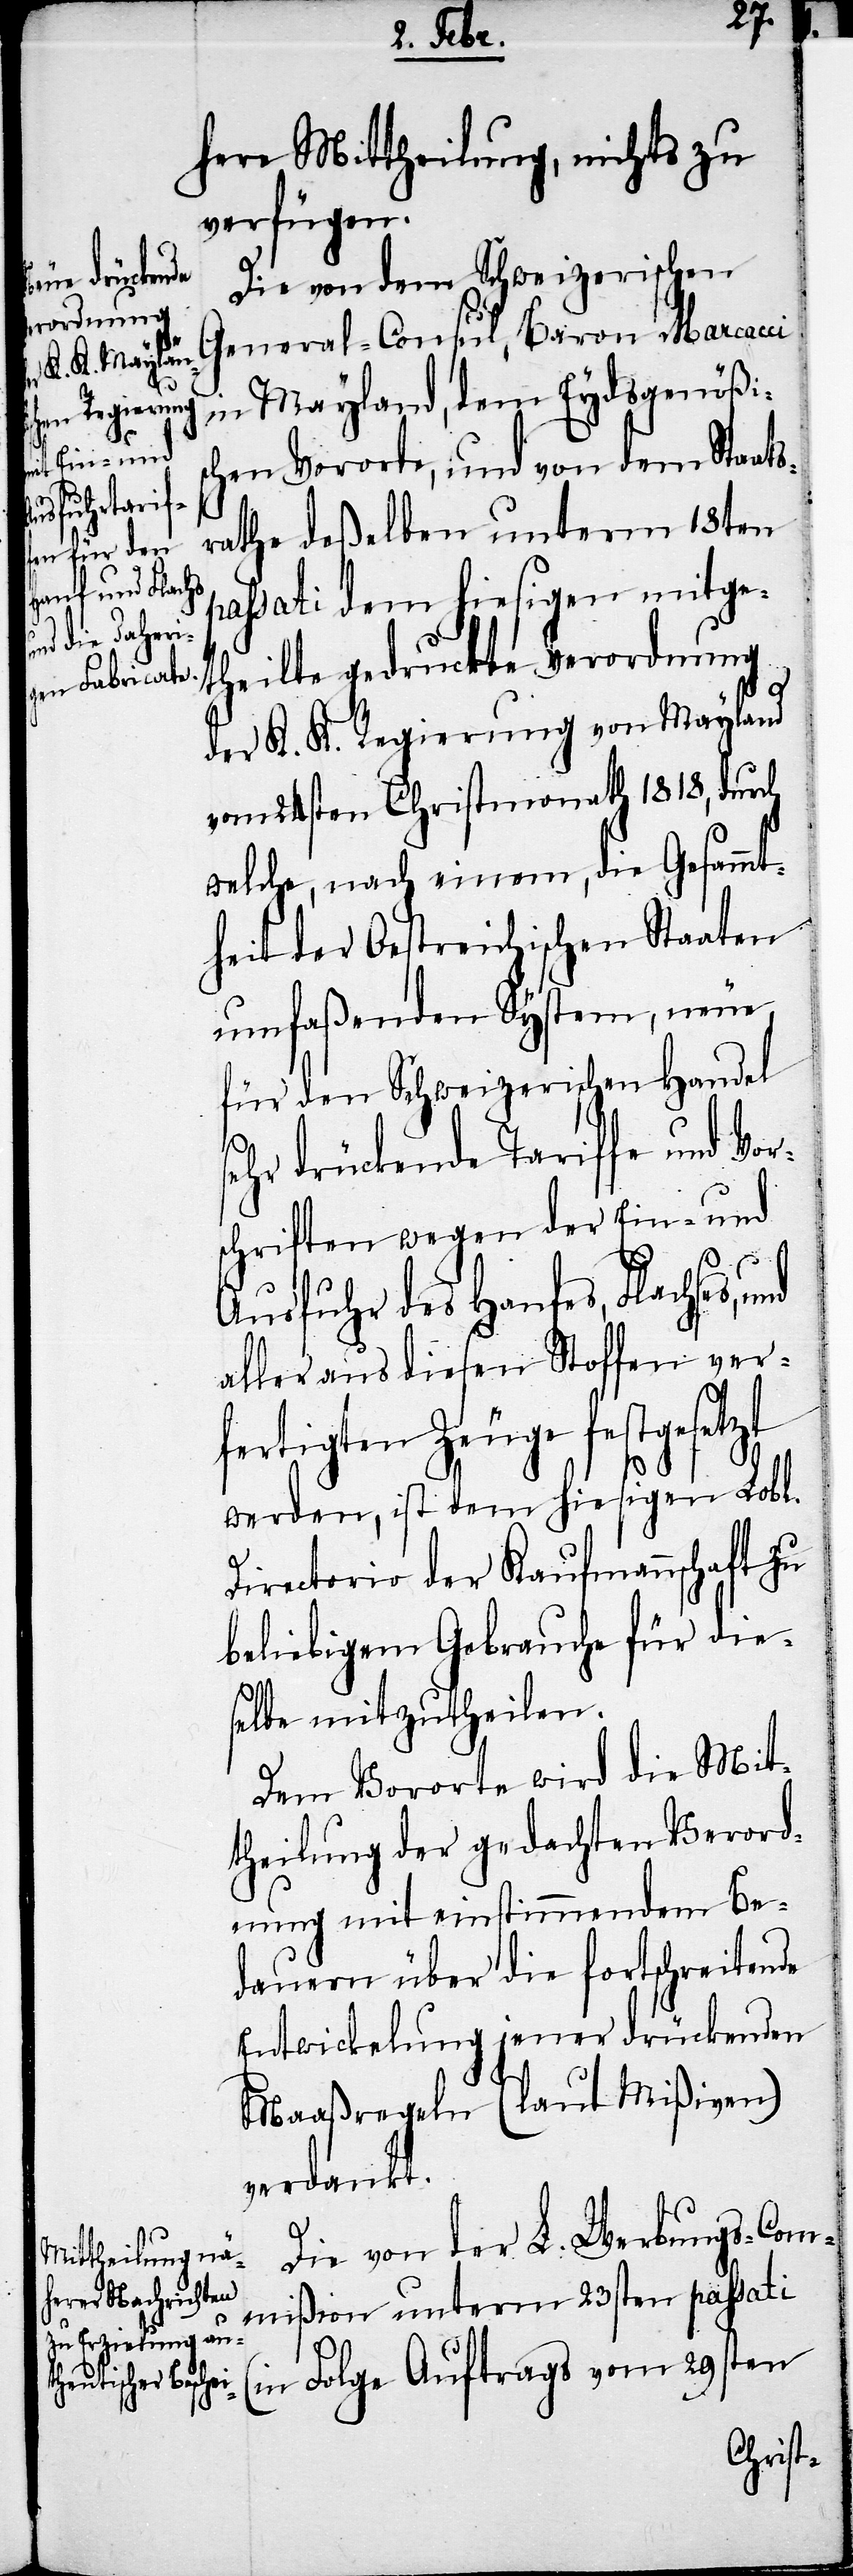
here Mittheilung, nichts zu
verfügen.
Die von dem Schweizerischen
General-Consul, Baron Marcacci
in Mayland, dem Eydsgenößis¬
chen Vororte, und von dem Staats¬
rathe deßelben unterm 18ten
assati dem hiesigen mitge¬
theilte gedruckte Verordnung
der K. K. Regierung von Mayland
vom 24sten Christmonath 1818, durch
welche, nach einem, die Gesammt¬
heit der Oestreichischen Staaten
umfaßenden System, neue
für den Schweizerischen Handel
p¬
sehr drückende Tariffe und Vor¬
schriften wegen der Ein- und
Ausfuhr des Hanfes, Flachses,
aller aus diesen Stoffen ver¬
fertigten Zeuge festgesetzt
werden, ist dem hiesigen Lobl.
Directorio der Kaufmannschaft zu
beliebigem Gebrauche für dies¬
elbe mitzutheilen.
Dem Vororte wird die Mit¬
theilung der gedachten Verord¬
nung mit einstimmenden Be¬
dauern über die fortschreitende
Entwickelung jener drückenden
Maaßregeln (laut Mißiven)
verdankt.
Die von der L. Werbungs-Com¬
mißion unterm 23sten passati
(in Folge Auftrags vom 29sten